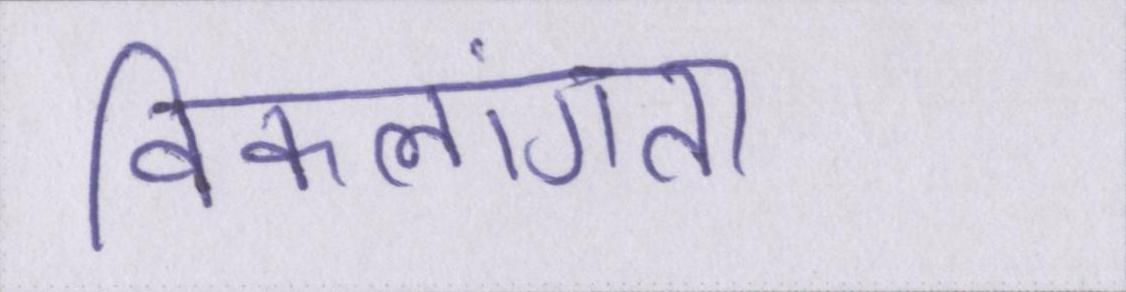
विकलांगता